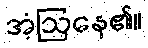
အံ့ဩနေ၏။